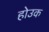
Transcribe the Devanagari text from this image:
होउक